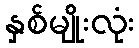
နှစ်မျိုးလုံး